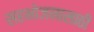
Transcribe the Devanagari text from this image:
सहभोजनासाठी